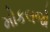
મોકલજો